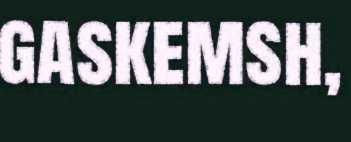
gaskemsh,